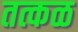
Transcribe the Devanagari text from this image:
तत्कळ